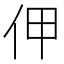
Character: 𠇺